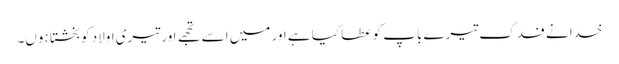
خدا نے فدک تیرے باپ کو عطا کیا ہے اور میں اسے تجھے اور تیری اولاد کو بخشتا ہوں۔